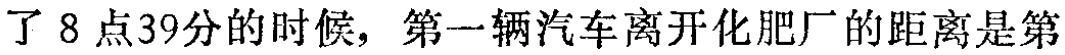
了8点39分的时候，第一辆汽车离开化肥厂的距离是第